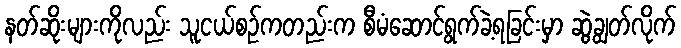
နတ်ဆိုးများကိုလည်း သူငယ်စဉ်ကတည်းက စီမံဆောင်ရွက်ခဲ့ရခြင်းမှာ ဆွဲချွတ်လိုက်